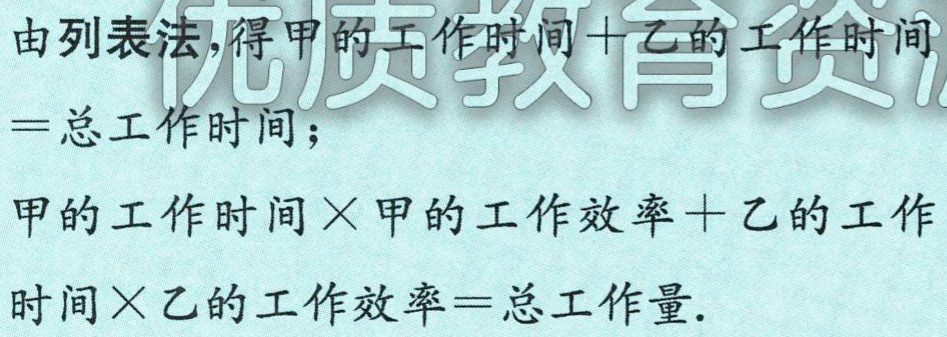
由列表法,得甲的工作时间+乙的工作时间

$=$总工作时间；

甲的工作时间$\times$甲的工作效率+乙的工作

时间$\times$乙的工作效率$=$总工作量.